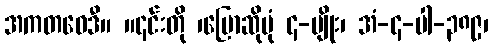
အကတဝေဒီ။ ။၎င်းတို ၊ပြောဆိုပုံ ၄-မျိုး၊ အံ-၄-ပါ-၃၈၉၊